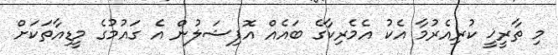
މި ތާރީޚީ ކުރިއެރުމާ އެކު އެމެރިކާގެ ބައެއް އޮފިޝަލުން އެ ގައުމުގެ މީޑިއާތަކަށް